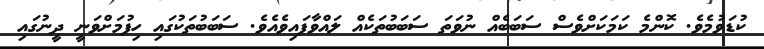
ކުޑަވުމެވެ. ކޮންމެ ކަމަކަށްވެސް ސަބަބެއް ނުވަތަ ސަބަބުތަކެއް ލައްވާފައިވެއެވެ. ސަބަބުތަކުގައި ހިފުމަށްވަނީ ދީނުގައި